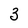
Character: 3